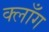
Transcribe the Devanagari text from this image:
क्लाँग